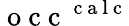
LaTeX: \mathrm{~o~c~c~}^{\mathrm{~c~a~l~c~}}